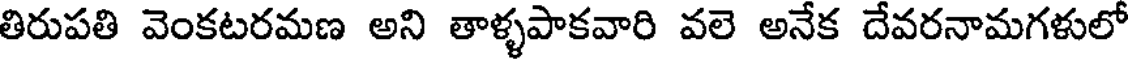
తిరుపతి వెంకటరమణ అని తాళ్ళపాకవారి వలె అనేక దేవరనామగళులో